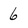
Character: 6